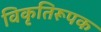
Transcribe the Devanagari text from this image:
विकृतिरूपक